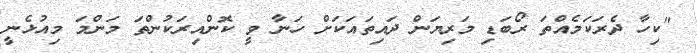
"ކިހާ ދެރަކަމެއްތަ ރޯބަޑި މަރިޔަން ދައިތައަކަށް ހަނާ ވީ ކޮންއިރަކުންތަ މަންމަ މިއުޅެނީ